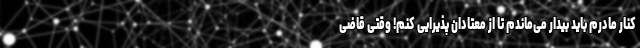
کنار مادرم باید بیدار می‌ماندم تا از معتادان پذیرایی کنم! وقتی قاضی